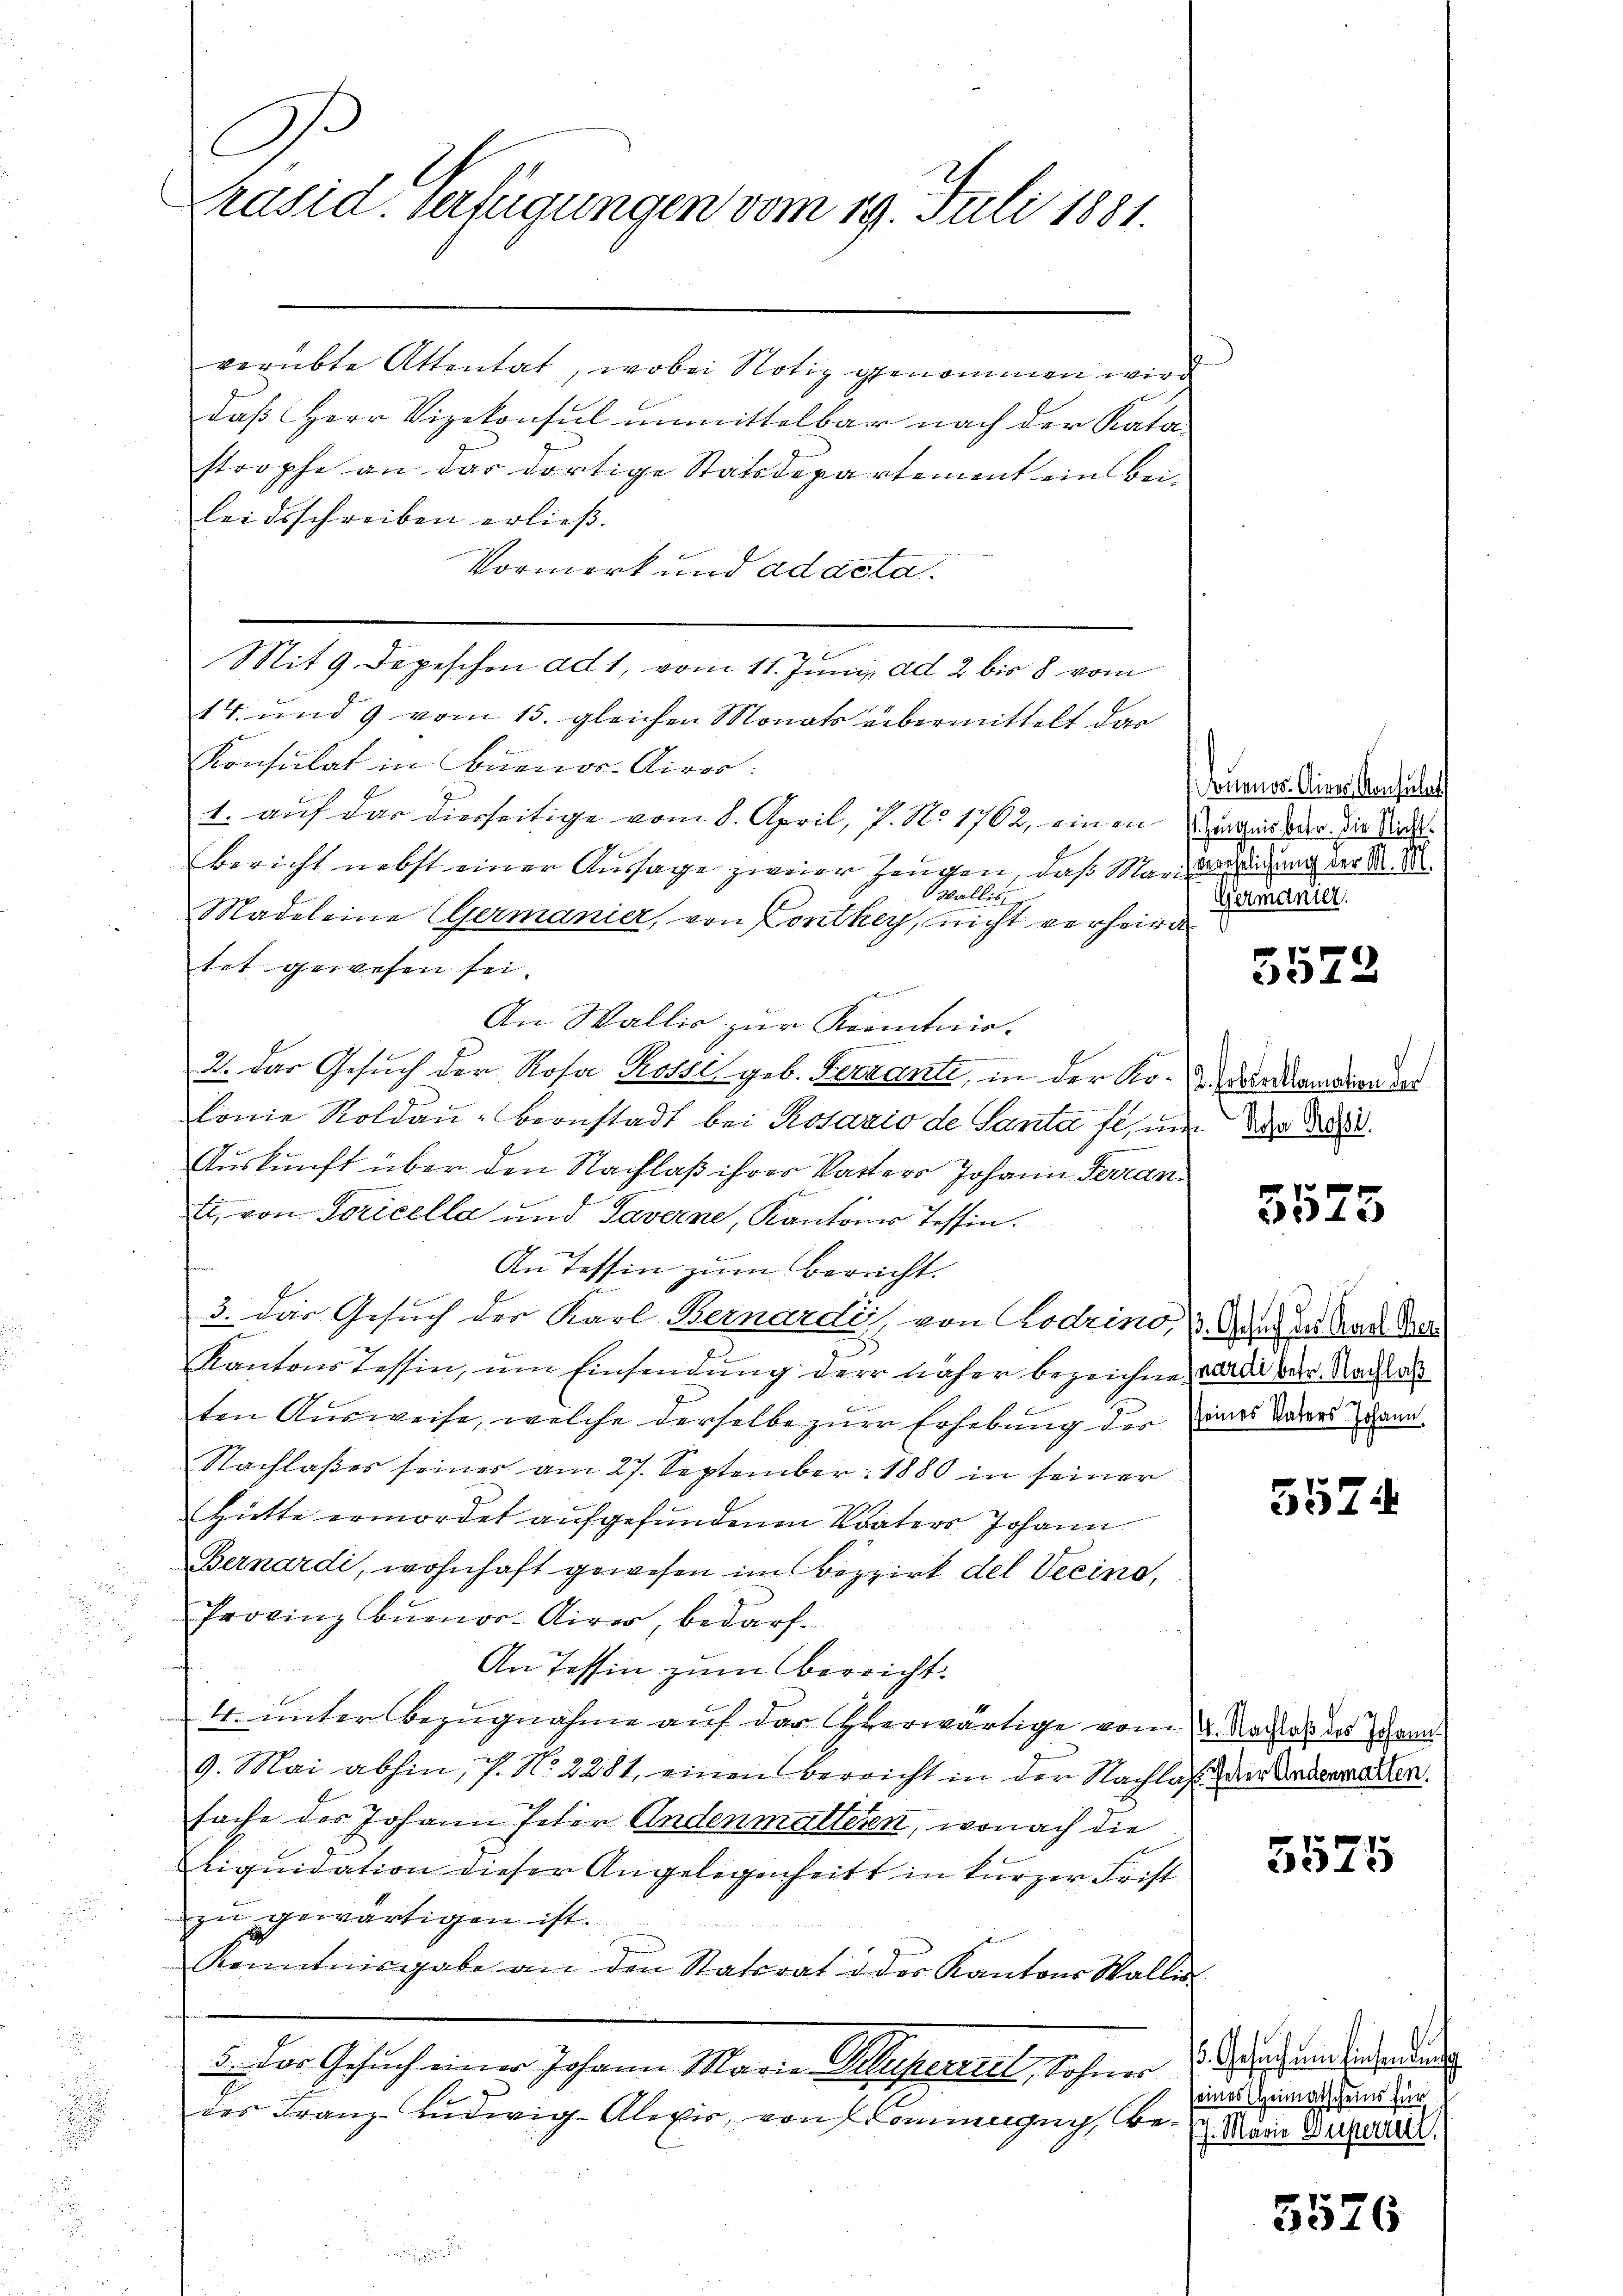
D
räsid. Verfügungen vom 19. Juli 1881.

verübte Attentat, wobei Notiz genommen wird.
daß Herr Vizekonsul unmittelbar nach der Kata
stropfe an das dortige Statsdepartement ein bei
leidsschreiben erließ.
Vormerk und ad acta.
Mit 9 Depeschen ad 1, vom 11. Juni ad 2 bis 8 vom
14. und 9 vom 15. gleichen Monats übermittelt dar
Konsulat in Buenos-Airer:
1. auf das dierseitige vom 8. April, P. Nr. 1762, einen erheit der die Mit¬
Bericht nebst einer Aussage zweier Zeugen, daß Maria indung der A. S
Wallis
Madeleine (Germanier, von Conthey, nicht verheira
tet gewesen sei.
2
An Wallis zur Kenntnis.
2. Das Gesuch der Rosa Passis geb. Ferranti, in der Korrandion des
lonie Roldaŭ-Bernstadt bei Rosazio de Santa fl, um der da
Auskunft über den Nachlaß ihrer Vaters Johann Terran
ti, von Soricella und Taverne, Kantones Tessin.
An Tessin zum Bereicht.
3. Das Gesuch der Karl Bernardi, von Rodrino, 1. Mann der Kan der
Kantons Tessin, um Einsendung der näher bezeichne, ward der Nachlas
ten Ausweise, welche derselbe zur Erhebung der eines darers dann
Nachlasses seines am 27. September 1880 in seiner
Hütte ermordet aufgefundenen Vaters Johann
Bernardi, wohnhaft gewesen im Bezirk del Vecino,
Provinz Buenor-Kirer, bedarf.
An Tessin zum bereicht.
4. unter Bezugnahme auf der Heerwärtige vom 22. Nachlas des Schran
9. Mai abhin, P. No 2281, einen Verricht in der Nachlaß den Andermalen.
sache des Johann Peter Andenmaltern, wonach die
tiquidation dieser Angelegenheits in kurzer Frist
zŭ gewärtigen ist.
Kenntnisgabe an den Statsrat u der Kantons Wallis
Daher Gesucherer Johann Marie festhaltet, lehnen S. die in der
des Franz Ludwig-Alixis, von Commugung, be¬

ouenos-Ainer Consulat
Germanier.

5573

5575

5524

5575

¬
seines Heimatscheins für
7. Marie Duporre

5576